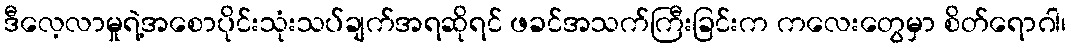
ဒီလေ့လာမှုရဲ့အစောပိုင်းသုံးသပ်ချက်အရဆိုရင် ဖခင်အသက်ကြီးခြင်းက ကလေးတွေမှာ စိတ်ရောဂါ၊